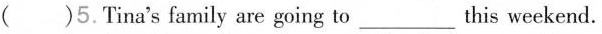
()5.Tina's family are going to___this weekend.